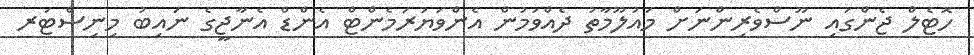
ހޮޓެލް ޖެންގައި ނޫސްވެރިންނަށް މައުލޫމާތު ދެއްވަމުން އެންވަޔަރަމެންޓް އެންޑް އެނާޖީގެ ނައިބު މިނިސްޓަރ